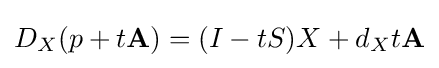
D_{X}(p+t\mathbf {A} )=(I-tS)X+d_{X}t\mathbf {A}